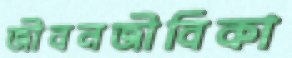
জীবনজীবিকা